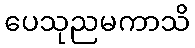
ပေသုညမကာသိ